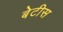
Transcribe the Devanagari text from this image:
बेटीस